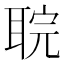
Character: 𮋲